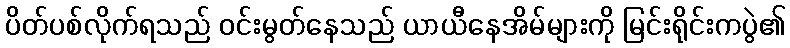
ပိတ်ပစ်လိုက်ရသည် ဝင်းမွတ်နေသည် ယာယီနေအိမ်များကို မြင်းရိုင်းကပွဲ၏